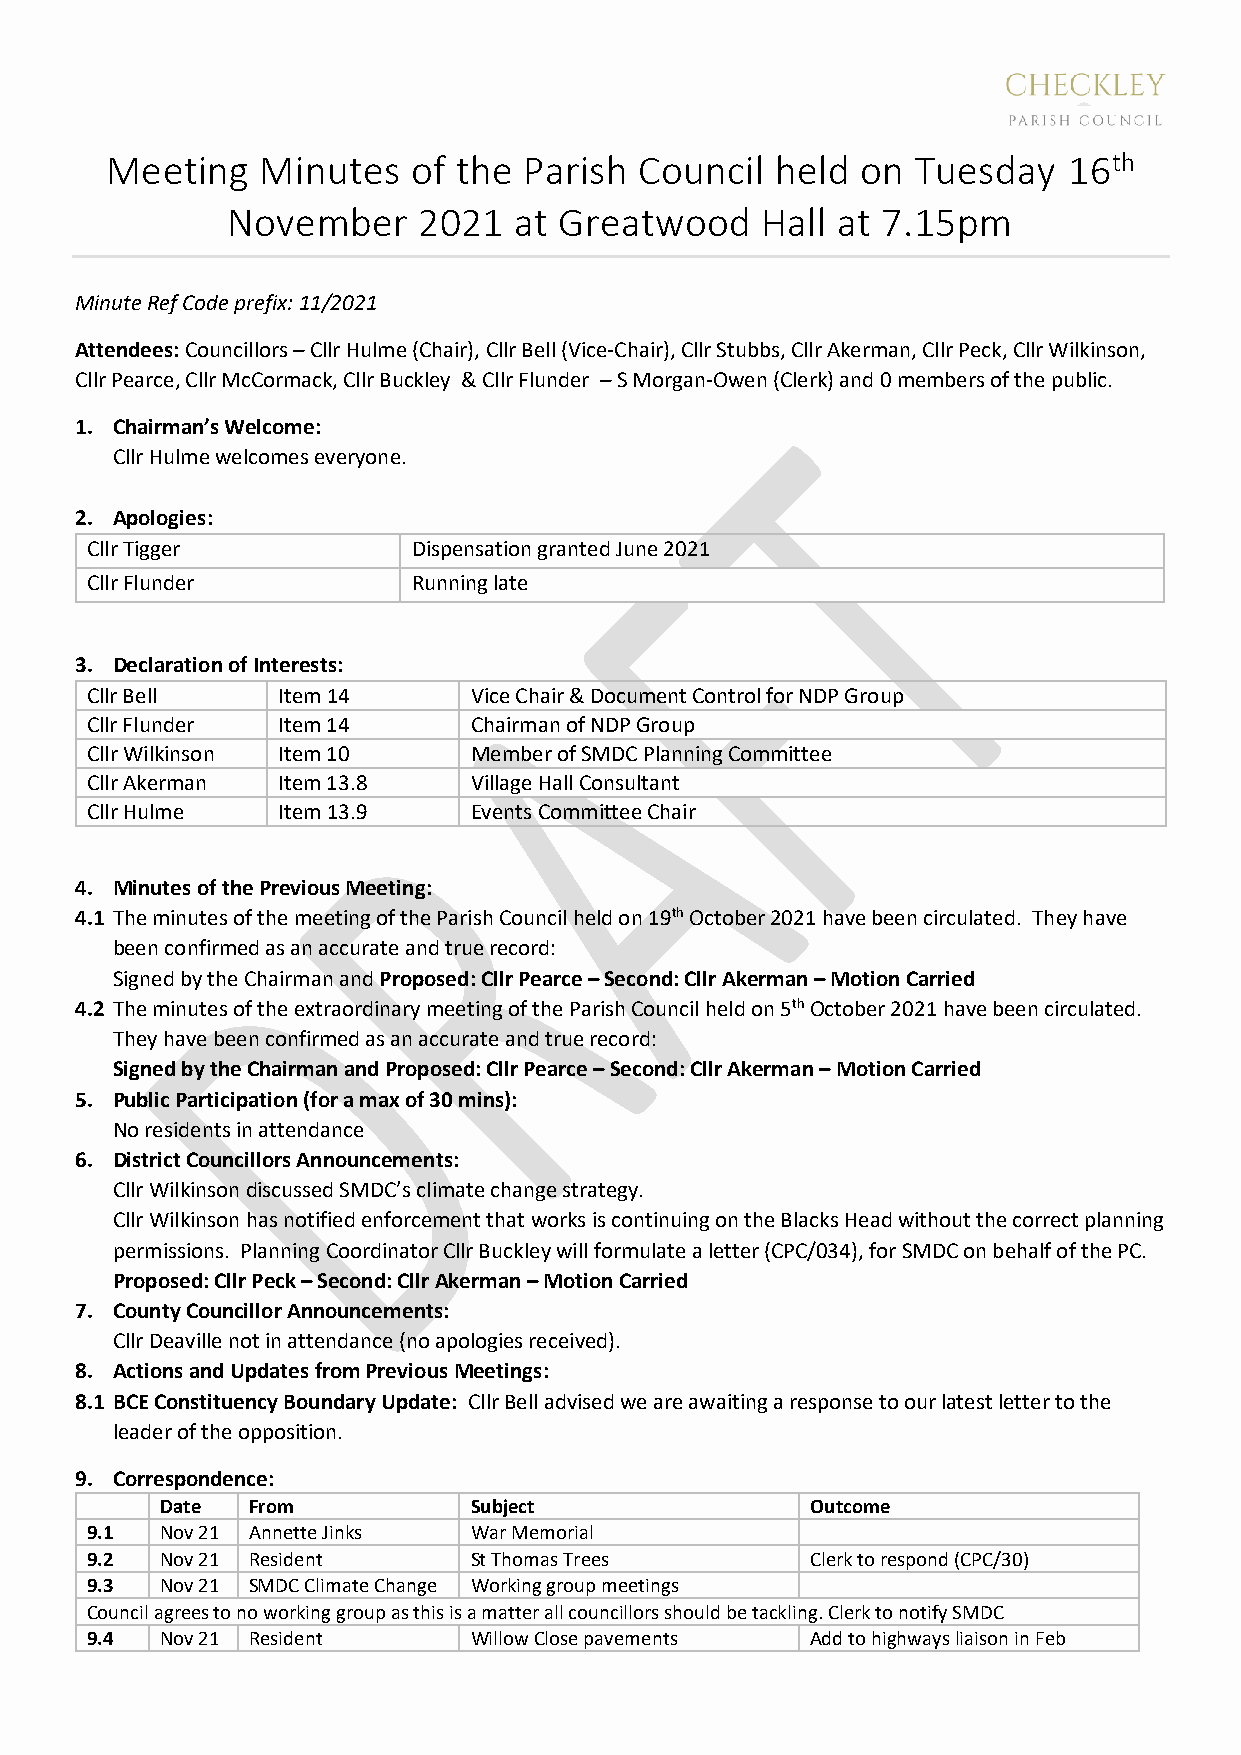
Meeting   Minutes   of the  Parish Council  held  on  Tuesday   16th
 November     2021  at Greatwood    Hall at 7.15pm
 Minute Ref Code prefix: 11/2021
 Attendees: Councillors – Cllr Hulme (Chair), Cllr Bell (Vice-Chair), Cllr Stubbs, Cllr Akerman, Cllr Peck, Cllr Wilkinson,
 Cllr Pearce, Cllr McCormack, Cllr Buckley & Cllr Flunder – S Morgan-Owen (Clerk) and 0 members of the public.
 1. Chairman’s Welcome:
 Cllr Hulme welcomes everyone.
 2. Apologies:
 Cllr Tigger          Dispensation granted June 2021
 Cllr Flunder         Running late
 3. Declaration of Interests:
 Cllr Bell   Item 14      Vice Chair & Document Control for NDP Group
 Cllr Flunder Item 14     Chairman of NDP Group
 Cllr Wilkinson Item 10   Member of SMDC Planning Committee
 Cllr Akerman Item 13.8   Village Hall Consultant
 Cllr Hulme  Item 13.9    Events Committee Chair
 4. Minutes of the Previous Meeting:
 4.1 The minutes of the meeting of the Parish Council held on 19th October 2021 have been circulated. They have
 been confirmed as an accurate and true record:
 Signed by the Chairman and Proposed: Cllr Pearce – Second: Cllr Akerman – Motion Carried
 4.2 The minutes of the extraordinary meeting of the Parish Council held on 5th October 2021 have been circulated.
 They have been confirmed as an accurate and true record:
 Signed by the Chairman and Proposed: Cllr Pearce – Second: Cllr Akerman – Motion Carried
 5. Public Participation (for a max of 30 mins):
 No residents in attendance
 6. District Councillors Announcements:
 Cllr Wilkinson discussed SMDC’s climate change strategy.
 Cllr Wilkinson has notified enforcement that works is continuing on the Blacks Head without the correct planning
 permissions. Planning Coordinator Cllr Buckley will formulate a letter (CPC/034), for SMDC on behalf of the PC.
 Proposed: Cllr Peck – Second: Cllr Akerman – Motion Carried
 7. County Councillor Announcements:
 Cllr Deaville not in attendance (no apologies received).
 8. Actions and Updates from Previous Meetings:
 8.1 BCE Constituency Boundary Update: Cllr Bell advised we are awaiting a response to our latest letter to the
 leader of the opposition.
 9. Correspondence:
 Date From           Subject                Outcome
 9.1  Nov 21 Annette Jinks War Memorial
 9.2  Nov 21 Resident     St Thomas Trees        Clerk to respond (CPC/30)
 9.3  Nov 21 SMDC Climate Change Working group meetings
 Council agrees to no working group as this is a matter all councillors should be tackling. Clerk to notify SMDC
 9.4  Nov 21 Resident     Willow Close pavements Add to highways liaison in Feb